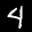
Digit: 4